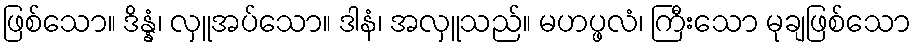
ဖြစ်သော။ ဒိန္နံ၊ လှူအပ်သော။ ဒါနံ၊ အလှူသည်။ မဟပ္ဖလံ၊ ကြီးသော မုချဖြစ်သော